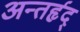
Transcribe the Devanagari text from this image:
अन्तर्हृद्‍